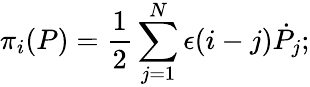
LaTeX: \pi_{i}(P)={\frac{1}{2}}\sum_{j=1}^{N}\epsilon(i-j){\dot{P}}_{j};